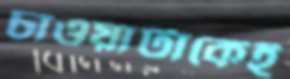
চাওয়াটাকেই